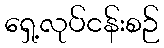
ရှေ့လုပ်ငန်းစဉ်